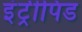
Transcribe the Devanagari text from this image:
इंट्रीपिड